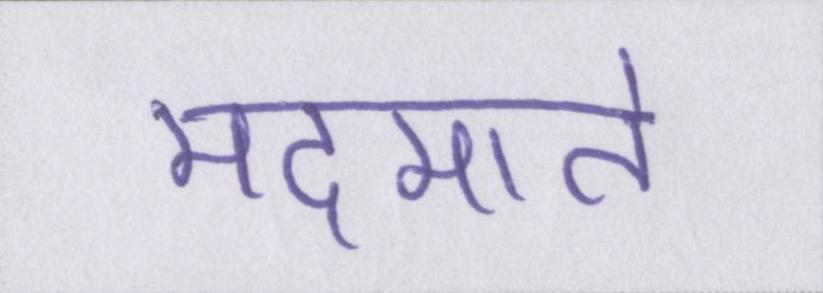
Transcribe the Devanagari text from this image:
मदमाते